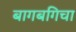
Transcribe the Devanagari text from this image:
बागबगिचा